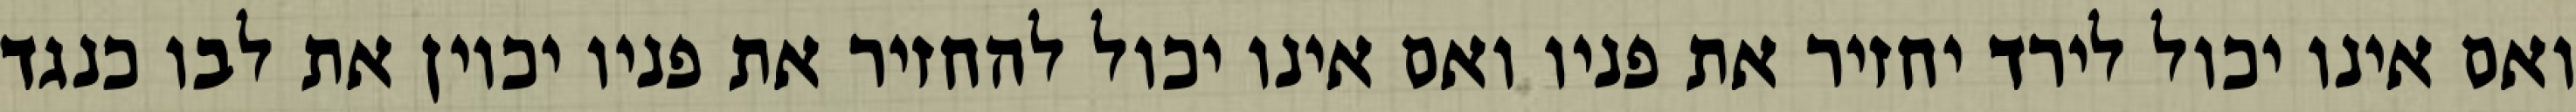
ואם אינו יכול לירד יחזיר את פניו ואם אינו יכול להחזיר את פניו יכוין את לבו כנגד